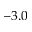
- 3 . 0